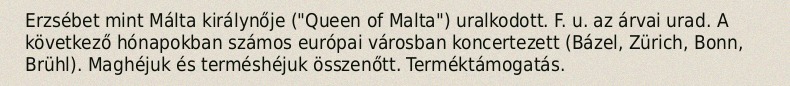
Erzsébet mint Málta királynője ("Queen of Malta") uralkodott. F. u. az árvai urad. A következő hónapokban számos európai városban koncertezett (Bázel, Zürich, Bonn, Brühl). Maghéjuk és terméshéjuk összenőtt. Terméktámogatás.